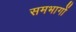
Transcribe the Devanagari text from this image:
समभागों